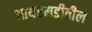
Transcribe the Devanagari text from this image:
आयएमडीतील